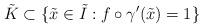
LaTeX: \begin{align*}\tilde{K}\subset \{\tilde{x}\in \tilde{I}: f\circ \gamma'(\tilde{x})=1\}\end{align*}